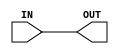
module BUFFER_1 (OUT,IN);
    input IN;
    output OUT;
    buf   ( OUT, IN);
endmodule